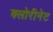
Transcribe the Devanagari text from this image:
क्लोरीनेट